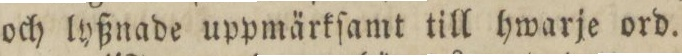
och lyßnade uppmärkſamt till hwarje ord.